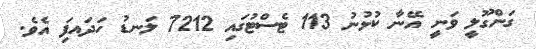
ގަންގޫލީ ވަނީ އޭނާ ކުޅުނު 113 ޓެސްޓުގައި 7212 ލަނޑު ހަދައފިަ އެވެ.